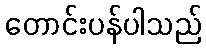
တောင်းပန်ပါသည်